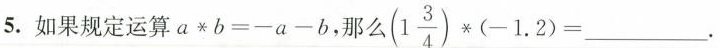
5.如果规定运算$$a + b = - a - b$$，那么 $$( 1 \frac { 3 } { 4 } ) * ( -1 . 2 ) =$$___.